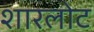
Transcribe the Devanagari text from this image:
शारलोट